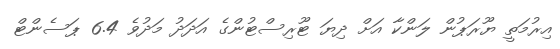
އިރުމަތީ ޔޫރަޕުން ލަންކާ އަށް ދިޔަ ޓޫރިސްޓުންގެ އަދަދު މަދުވެ 6.4 ޕަސެންޓް